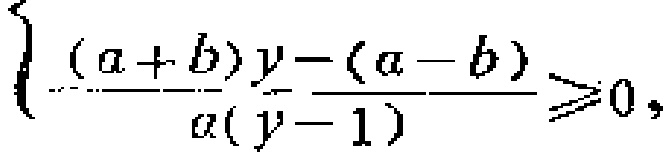
\(\frac{(a + b)y-(a - b)}{a(y - 1)}\geqslant0,\)